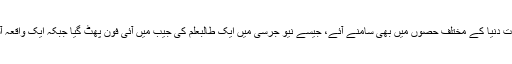
اس طرح کے واقعات دنیا کے مختلف حصوں میں بھی سامنے آئے، جیسے نیو جرسی میں ایک طالبعلم کی جیب میں آئی فون پھٹ گیا جبکہ ایک واقعہ آسٹریلیا میں پیش آیا۔